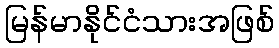
မြန်မာနိုင်ငံသားအဖြစ်